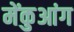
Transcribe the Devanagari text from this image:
मेंकुआंग